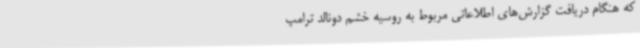
که هنگام دریافت گزارش‌های اطلاعاتی مربوط به روسیه خشم دونالد ترامپ